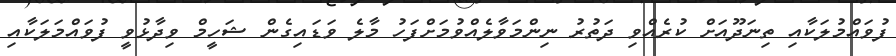
ފުވައްމުލަކާއި ތިނަދޫއަށް ކުރެއްވި ދަތުރު ނިންމަވާލެއްވުމަށްފަހު މާލެ ވަޑައިގެން ޝަހީމް ވިދާޅުވީ ފުވައްމަލަކާއި